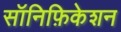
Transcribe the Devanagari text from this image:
सॉनिफ़िकेशन